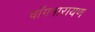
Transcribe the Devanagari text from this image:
चाँगनारायण